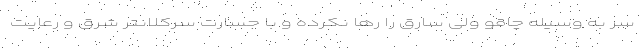
سر به وسیله چاقو ولی سارق را رها نکرده و با جسارت سرکلانتر شرق و رعایت